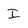
Character: I